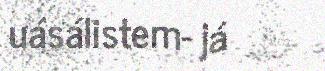
uásálistem- já